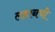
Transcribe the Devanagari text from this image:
लहानची